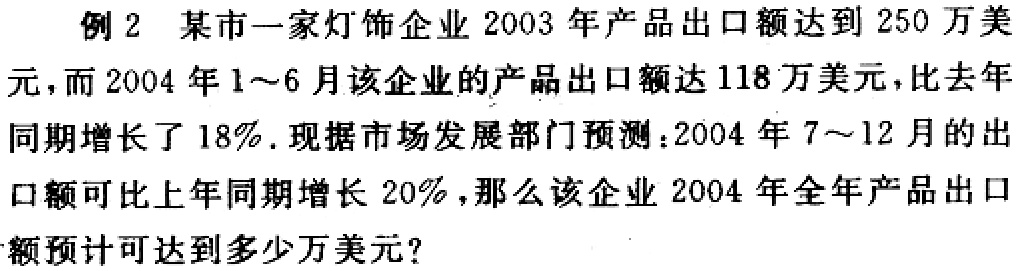
例2 某市一家灯饰企业2003年产品出口额达到250万美元，而2004年1~6月该企业的产品出口额达118万美元，比去年同期增长了18%. 现据市场发展部门预测：2004年7~12月的出口额可比上年同期增长20%，那么该企业2004年全年产品出口额预计可达到多少万美元？